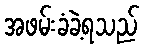
အဖမ်းခံခဲ့ရသည်